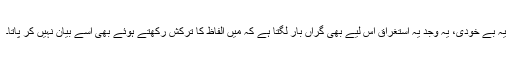
یہ بے خودی، یہ وجد یہ اِستغراق اس لیے بھی گراں بار لگتا ہے کہ میں الفاظ کا ترکش رکھتے ہوئے بھی اسے بیان نہیں کر پاتا۔